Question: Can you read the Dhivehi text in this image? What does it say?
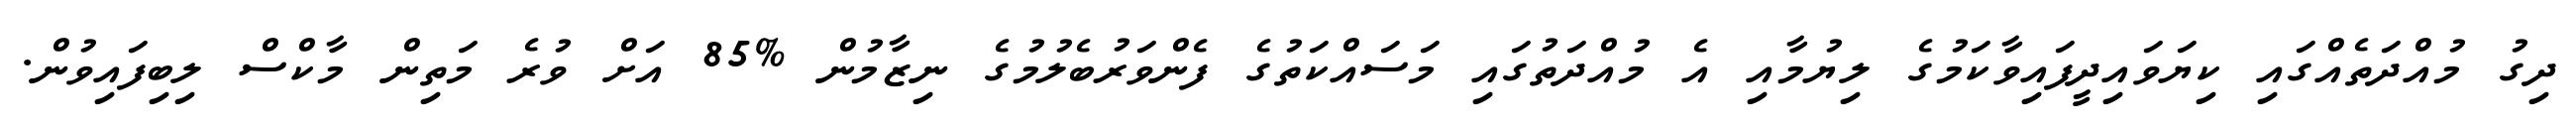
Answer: ދިގު މުއްދަތެއްގައި ކިޔަވައިދީފައިވާކަމުގެ ލިޔުމާއި އެ މުއްދަތުގައި މަސައްކަތުގެ ފެންވަރުބެލުމުގެ ނިޒާމުން %85 އަށް ވުރެ މަތިން މާކްސް ލިބިފައިވުން.